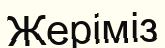
Жеріміз